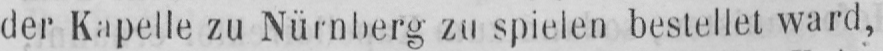
der Kapelle zu Nürnberg zu spielen bestellet ward,